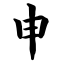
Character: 申